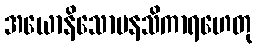
အယောနိသောမနသိကာရဟေတု